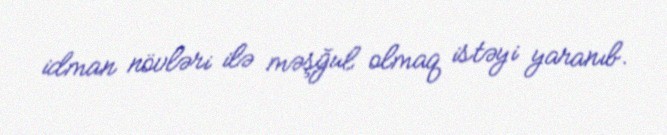
idman növləri ilə məşğul olmaq istəyi yaranıb.